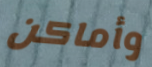
وأماكن